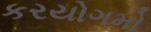
કરયોગમો